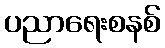
ပညာရေးစနစ်